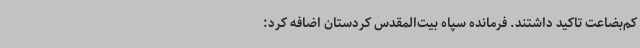
کم‌بضاعت تاکید داشتند. فرمانده سپاه بیت‌المقدس کردستان اضافه کرد: